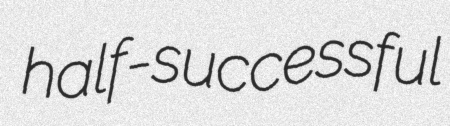
half-successful